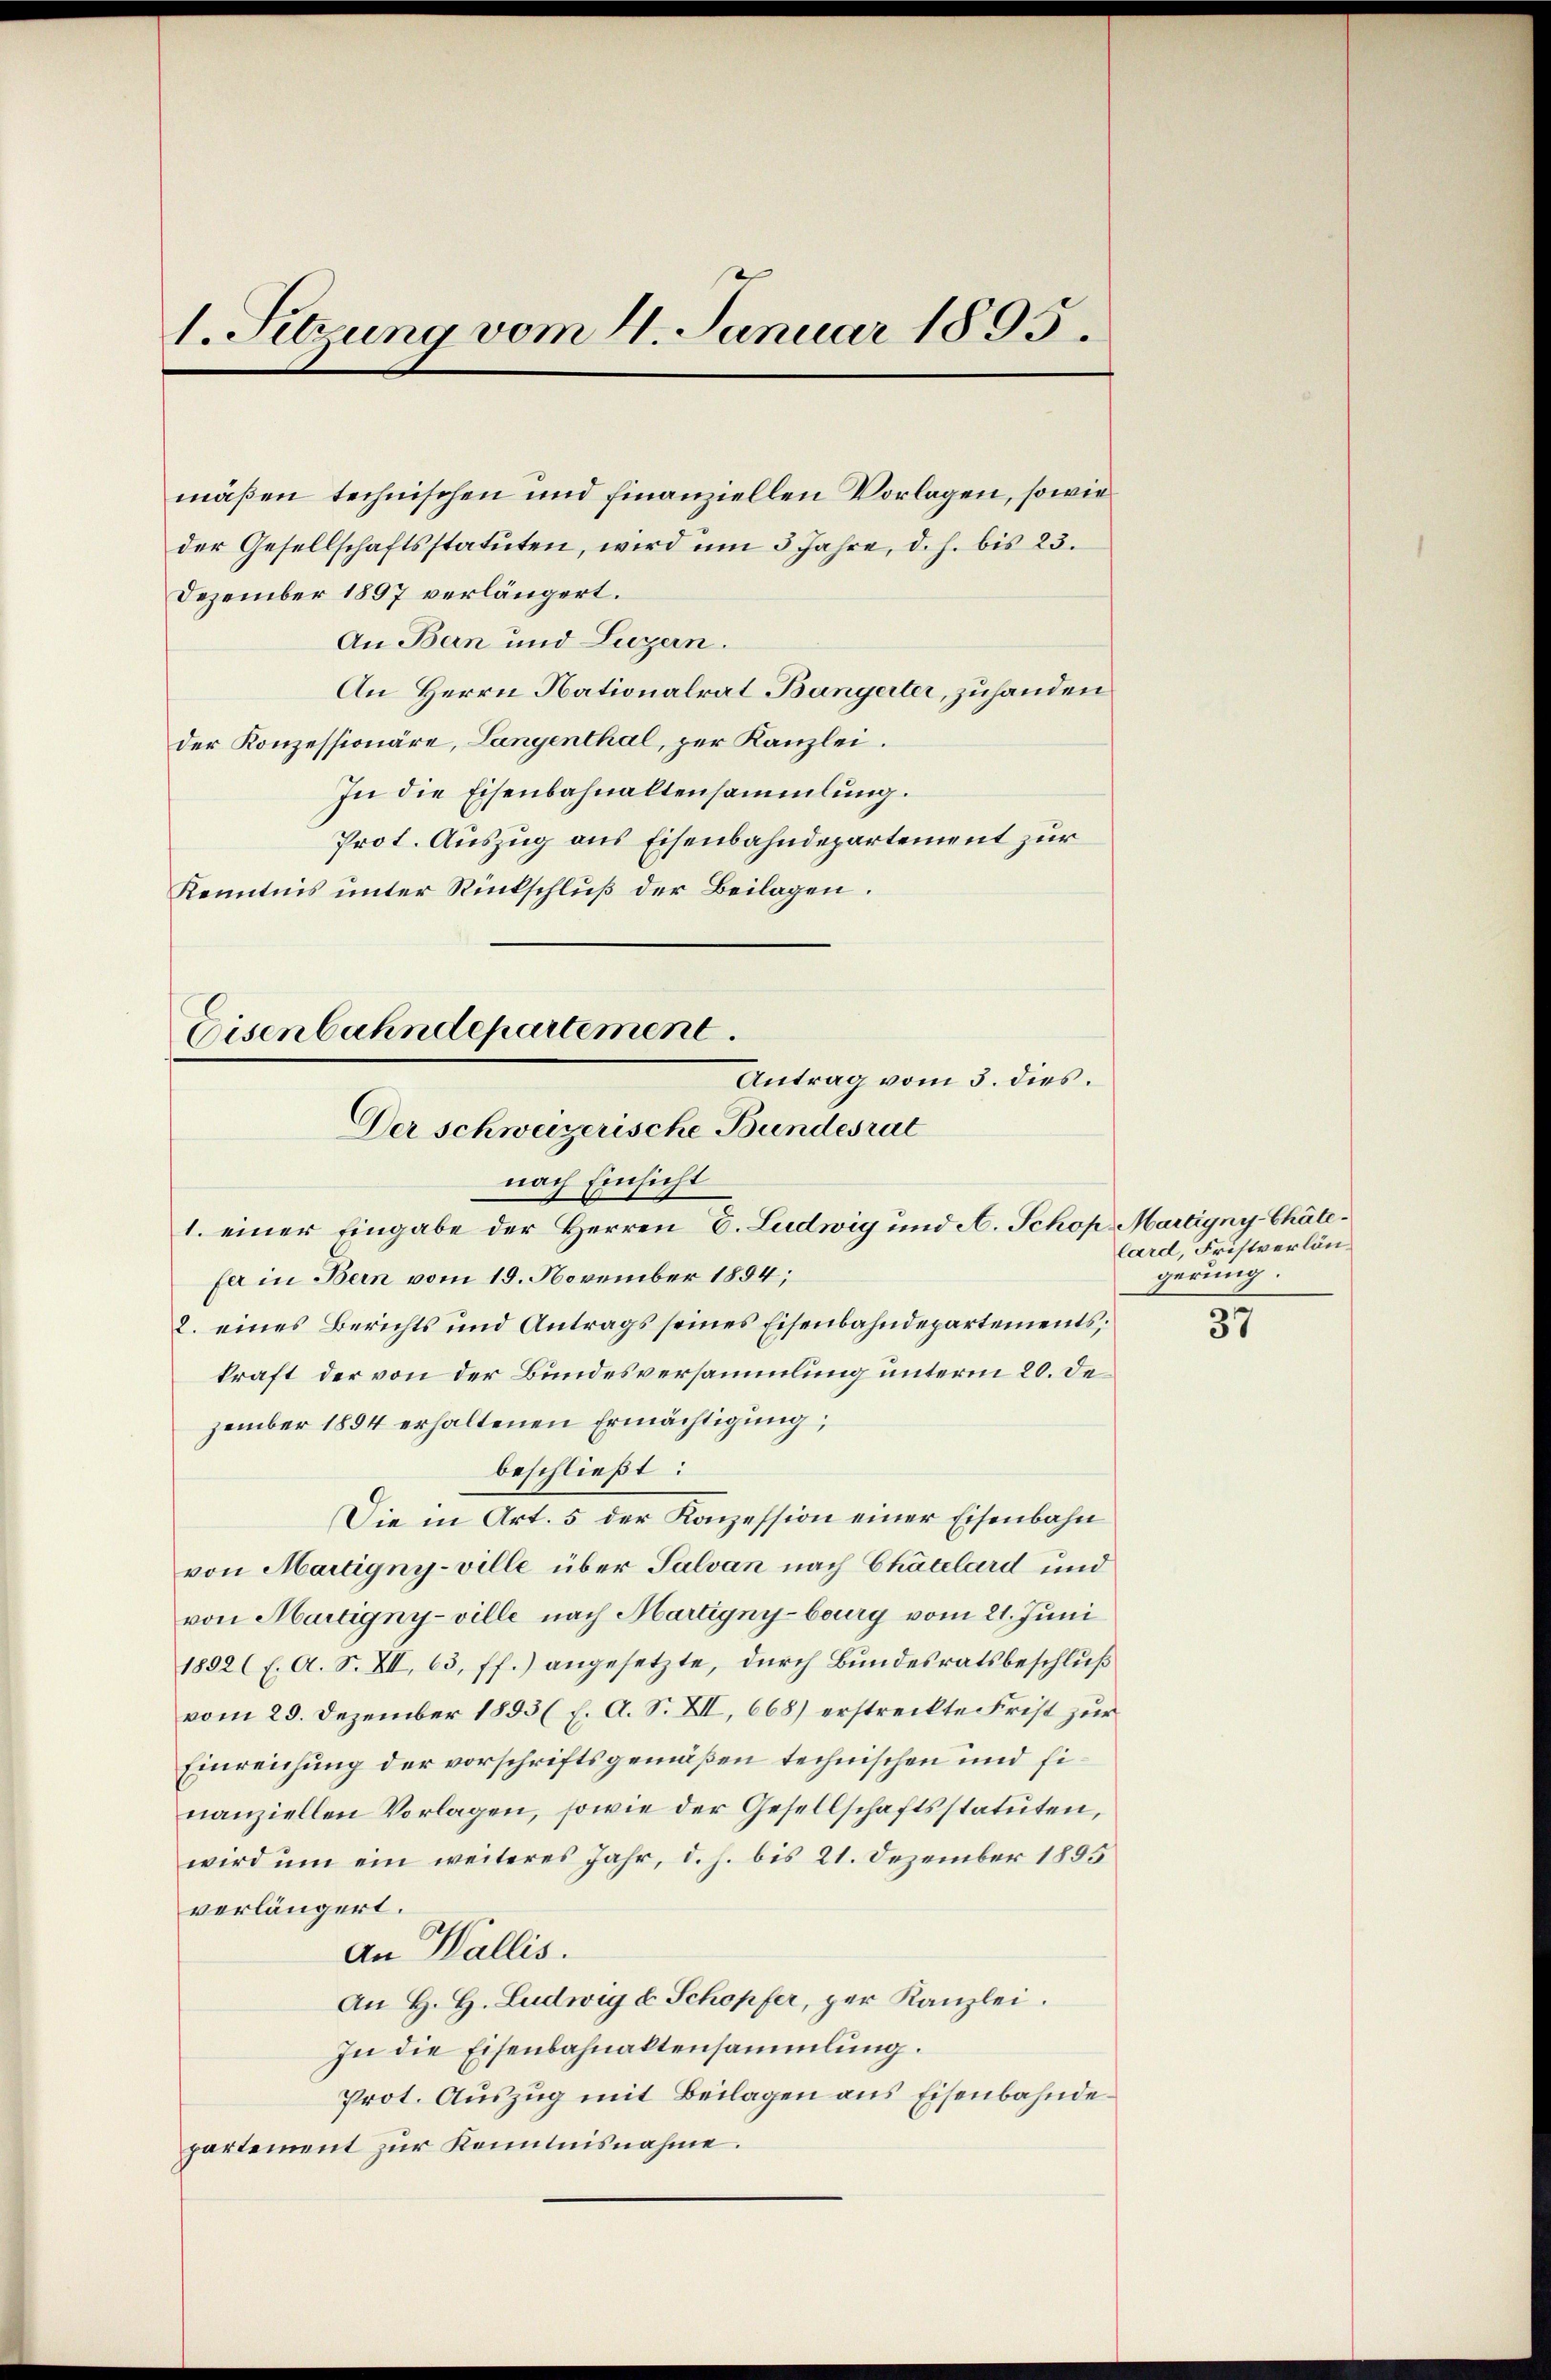
1. Setzung vom 4. Januar 1895.

maßen technischen und finanziellen Vorlagen, sowie
der Gesellschaftsstatuten, wird um 3 Jahre, d. h. bis 23.
Dezember 1897 verlängert.
An Bern und Luzern.
An Herrn Nationalrat Bangerter, zuhanden
der Konzessionäre, Langenthal, per Kanzlei.
In die Eisenbahnaltensammlung.
Prot. Auszug aus Eisenbahndepartement zur
Kenntnis unter Rückschluß der Beilagen.

nach Einsicht
1. einer Eingabe der Herren C. Ludwig und A. Schop Martigny-Chätefer in Bern vom 19. November 1854;
2. eines Berichts und Antrags seines Eisenbahndepartements,
kraft der von der Bundesversammlung unterm 20. Dezember 1884 erhaltenen Ermächtigung,
beschließt:
Die in Art. 5 der Konzession einer Eisenbahn
von Martigny-ville über Salvan nach Chatelard und
von Martigny-ville nach Martigny-burg vom 21. Juni
1892 (l. A. S. XII, 63, ff.) angesetzte, durch Bundesratsbeschluß
vom 29. Dezember 1893 (1. A. S. XII, 668) erstreckte Frist zur
Einreichung der vorschriftsgemäßen technischen und finanziellen Vorlagen, sowie der Gesellschaftsstatuten,
wird um ein weiteres Jahr, d. h. bis 21. Dezember 1895
verlängert.
An Wallis.
An H. H. Ludwig & Schopfer, per Kanzlei.
In die Eisenbahnaktensammlung.
Prot. Auszug mit Beilagen aus Eisenbahnde
partement zur Kenntnisnahme.

Eisenbahndepartement.
Antrag vom 3. dies.
Der schweizerische Bundesrat

lard, Fristverlängerung.

37